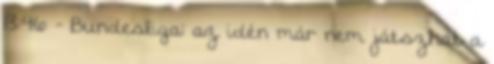
13:46 - Bundesliga: az idén már nem játszhat a